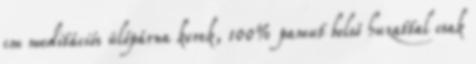
cm meditációs ülőpárna kerek, 100% pamut belső huzattal csak